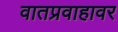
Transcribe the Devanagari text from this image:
वातप्रवाहावर